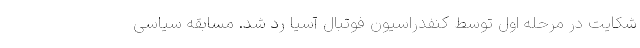
شکایت در مرحله اول توسط کنفدراسیون فوتبال آسیا رد شد. مسابقه سیاسی